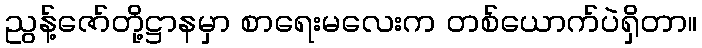
ညွန့်ဇော်တို့ဋ္ဌာနမှာ စာရေးမလေးက တစ်ယောက်ပဲရှိတာ။